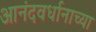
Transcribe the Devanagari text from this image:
आनंदवर्धानाच्या